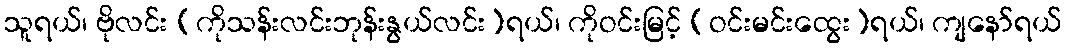
သူရယ်၊ ဗိုလင်း (ကိုသန်းလင်းဘုန်းနွယ်လင်း)ရယ်၊ ကိုဝင်းမြင့် (ဝင်းမင်းထွေး)ရယ်၊ ကျနော်ရယ်